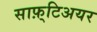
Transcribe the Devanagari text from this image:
साफ़्टिअयर